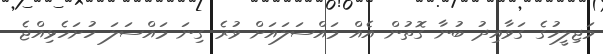
މަޖިލީހުގެ ގަވާއިދު ބުނާ ގޮތުން އެއް މައްސަލައަށް ވުރެ ގިނަ މައްސަލަ ހުށަހެޅިއްޖެ